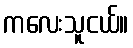
ကလေးသူငယ်။